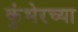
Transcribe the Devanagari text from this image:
कुंभेरच्या